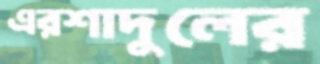
এরশাদুলের